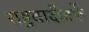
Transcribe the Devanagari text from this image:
राष्ट्रवादीतर्फे